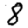
Digit: 8